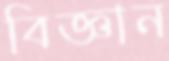
বিজ্ঞান